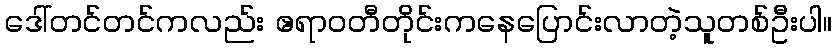
ဒေါ်တင်တင်ကလည်း ဧရာဝတီတိုင်းကနေပြောင်းလာတဲ့သူတစ်ဦးပါ။